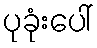
ပုခုံးပေါ်